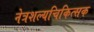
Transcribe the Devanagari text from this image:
नेत्रशल्यचिकित्सक